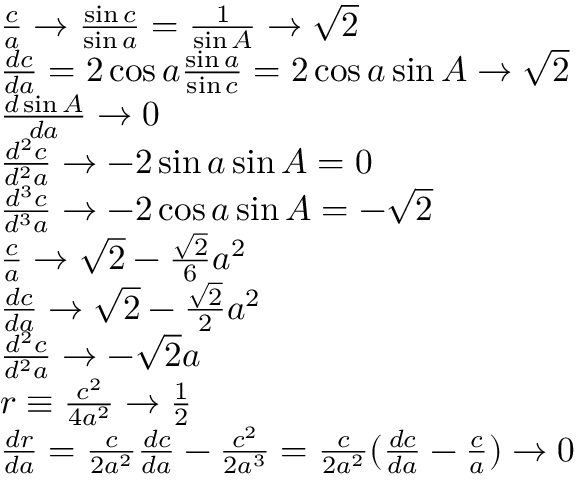
\begin{array} { r l } & { \frac { c } { a } \rightarrow \frac { \sin c } { \sin a } = \frac { 1 } { \sin A } \rightarrow \sqrt { 2 } } \\ & { \frac { d c } { d a } = 2 \cos a \frac { \sin a } { \sin c } = 2 \cos a \sin A \rightarrow \sqrt { 2 } } \\ & { \frac { d \sin A } { d a } \rightarrow 0 } \\ & { \frac { d ^ { 2 } c } { d ^ { 2 } a } \rightarrow - 2 \sin a \sin A = 0 } \\ & { \frac { d ^ { 3 } c } { d ^ { 3 } a } \rightarrow - 2 \cos a \sin A = - \sqrt { 2 } } \\ & { \frac { c } { a } \rightarrow \sqrt { 2 } - \frac { \sqrt { 2 } } { 6 } a ^ { 2 } } \\ & { \frac { d c } { d a } \rightarrow \sqrt { 2 } - \frac { \sqrt { 2 } } { 2 } a ^ { 2 } } \\ & { \frac { d ^ { 2 } c } { d ^ { 2 } a } \rightarrow - \sqrt { 2 } a } \\ & { r \equiv \frac { c ^ { 2 } } { 4 a ^ { 2 } } \rightarrow \frac { 1 } { 2 } } \\ & { \frac { d r } { d a } = \frac { c } { 2 a ^ { 2 } } \frac { d c } { d a } - \frac { c ^ { 2 } } { 2 a ^ { 3 } } = \frac { c } { 2 a ^ { 2 } } ( \frac { d c } { d a } - \frac { c } { a } ) \rightarrow 0 } \end{array}